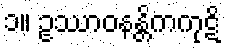
၁။ ဥဿာဝနန္တိကကုဋိ